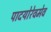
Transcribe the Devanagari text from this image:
पादयोरेवमेव